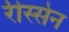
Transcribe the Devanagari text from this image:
रीस्सेन